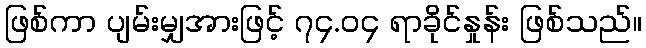
ဖြစ်ကာ ပျမ်းမျှအားဖြင့် ၇၄.၀၄ ရာခိုင်နှုန်း ဖြစ်သည်။